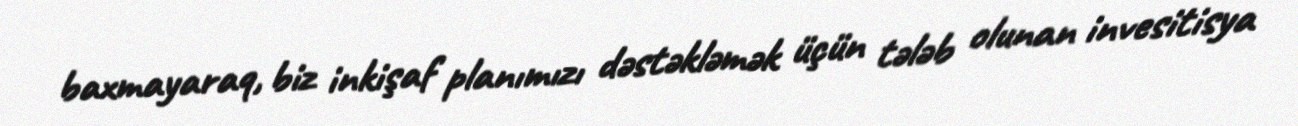
baxmayaraq, biz inkişaf planımızı dəstəkləmək üçün tələb olunan invesitisya